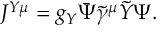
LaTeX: J ^ { Y \mu } = g _ { Y } \Bar { \Psi } \Tilde { \gamma } ^ { \mu } \Tilde { Y } \Psi .